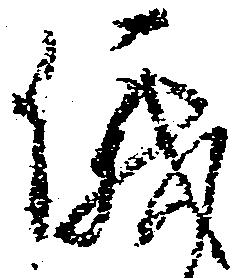
儀